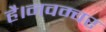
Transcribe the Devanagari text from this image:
है।नवम्बर